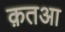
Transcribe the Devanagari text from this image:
क़तआ